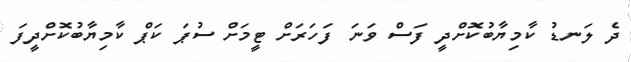
ދެ ލަނޑު ކާމިޔާބުކޮށްދީ ފަސް ވަނަ ފަހަރަށް ޓީމަށް ސުޕަ ކަޕް ކާމިޔާބުކޮށްދީފަ